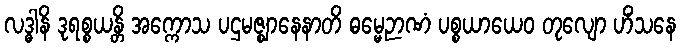
လဒ္ဓါနိ ဒုရစ္စယန္တိ အက္ကောသ ပဌမဇ္ဈာနေနာတိ ဓမ္မေဉာဏံ ပစ္စယာယေဝ တုလျော ဟိံသနေ